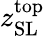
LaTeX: z_{\mathrm{SL}}^{\mathrm{top}}